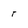
Character: r